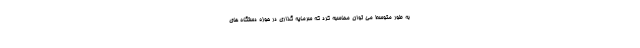
به طور متوسط می توان محاسبه کرد که سرمایه گذاری در حوزه دستگاه های